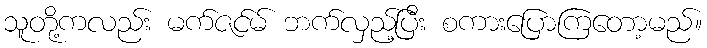
သူတို့ကလည်း မက်ဇင်မ် ဘက်လှည့်ပြီး စကားပြောကြတော့မည်။